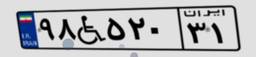
۵۳W۴۰۸۳۵